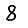
Digit: 8